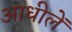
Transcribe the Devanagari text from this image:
आधीलें